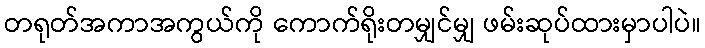
တရုတ်အကာအကွယ်ကို ကောက်ရိုးတမျှင်မျှ ဖမ်းဆုပ်ထားမှာပါပဲ။